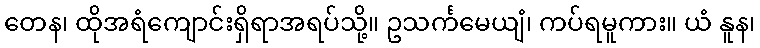
တေန၊ ထိုအရံကျောင်းရှိရာအရပ်သို့။ ဥသင်္ကမေယျံ၊ ကပ်ရမူကား။ ယံ နူန၊